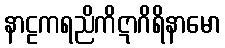
နာဠကရညိကိဋာဂိရိနာမော